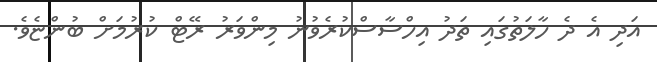
އަދި އެ ދެ ހާލަތުގައި ތަދު އިިހްސާސްކުރެވުނު މިންވަރު ރޭޓް ކުރުމަށް ބުންޏެވެ.